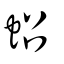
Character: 蛁